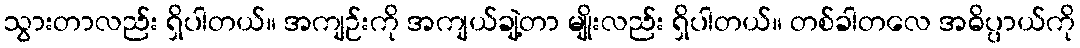
သွားတာလည်း ရှိပါတယ်။ အကျဉ်းကို အကျယ်ချဲ့တာ မျိုးလည်း ရှိပါတယ်။ တစ်ခါတလေ အဓိပ္ပာယ်ကို